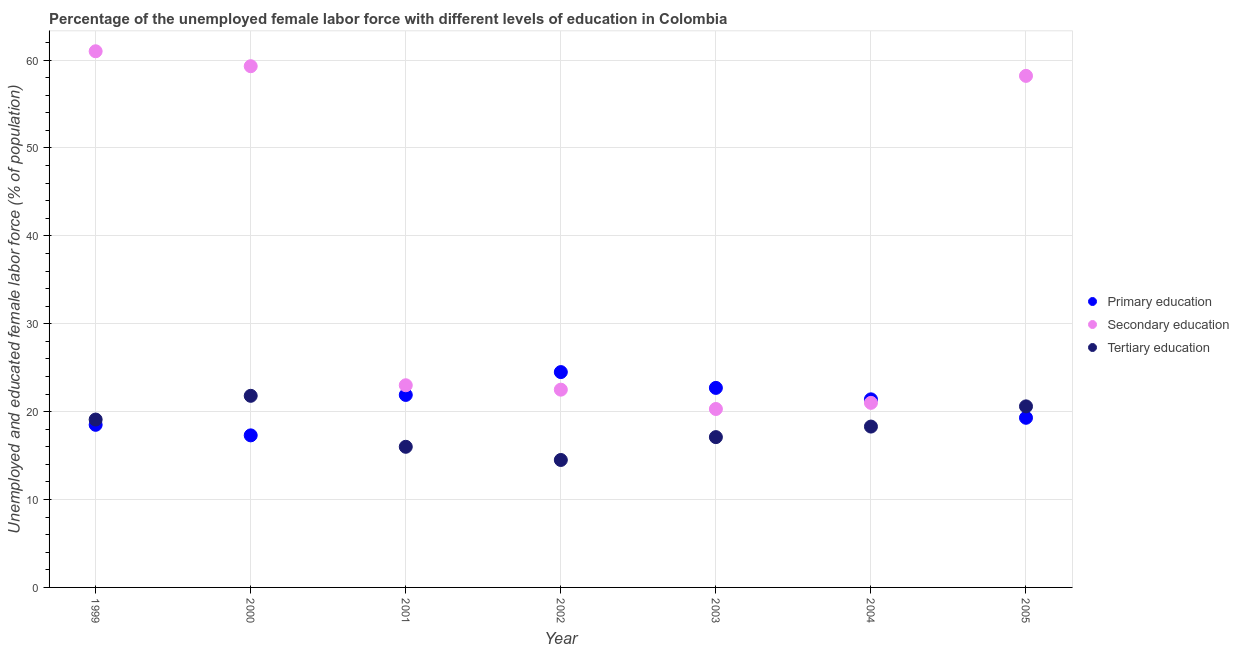
| Year | Primary education | Secondary education | Tertiary education |
 | --- | --- | --- | --- |
 | 1999 | 18.5 | 61 | 19.1 |
 | 2000 | 17.3 | 59.3 | 21.8 |
 | 2001 | 21.9 | 23 | 16 |
 | 2002 | 24.5 | 22.5 | 14.5 |
 | 2003 | 22.7 | 20.3 | 17.1 |
 | 2004 | 21.4 | 21 | 18.3 |
 | 2005 | 19.3 | 58.2 | 20.6 |